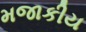
મજાકીય